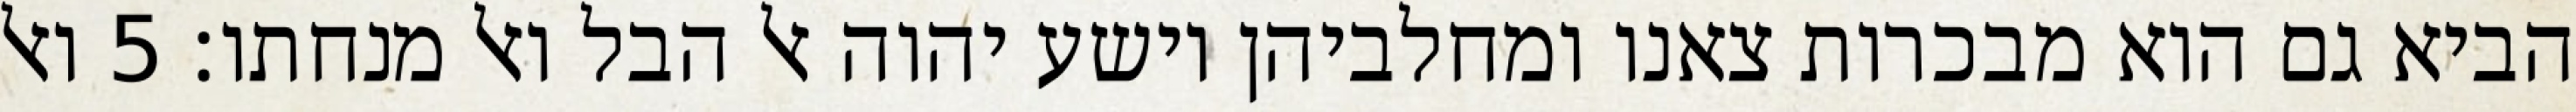
הביא גם הוא מבכרות צאנו ומחלביהן וישע יהוה אל הבל ואל מנחתו׃ ‎5‏ ואל